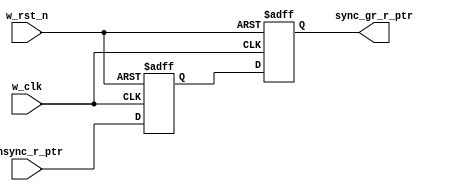
module w_synchronizer #( parameter ADDR_WIDTH = 3 )
(
input   wire                    w_clk        ,
input   wire                    w_rst_n      ,
input   wire    [ADDR_WIDTH:0]  unsync_r_ptr ,
output  reg     [ADDR_WIDTH:0]  sync_gr_r_ptr
);

//internal connections
reg     [ADDR_WIDTH:0] meta_flop ;

//////////////// Multi Flip Flop ////////////////
always @(posedge w_clk or negedge w_rst_n)
 begin
    if(!w_rst_n)
        begin
            meta_flop     <= 'b0 ;
            sync_gr_r_ptr <= 'b0 ;
        end
    else
        begin
            meta_flop     <= unsync_r_ptr ;
            sync_gr_r_ptr <= meta_flop    ;
        end
 end

endmodule